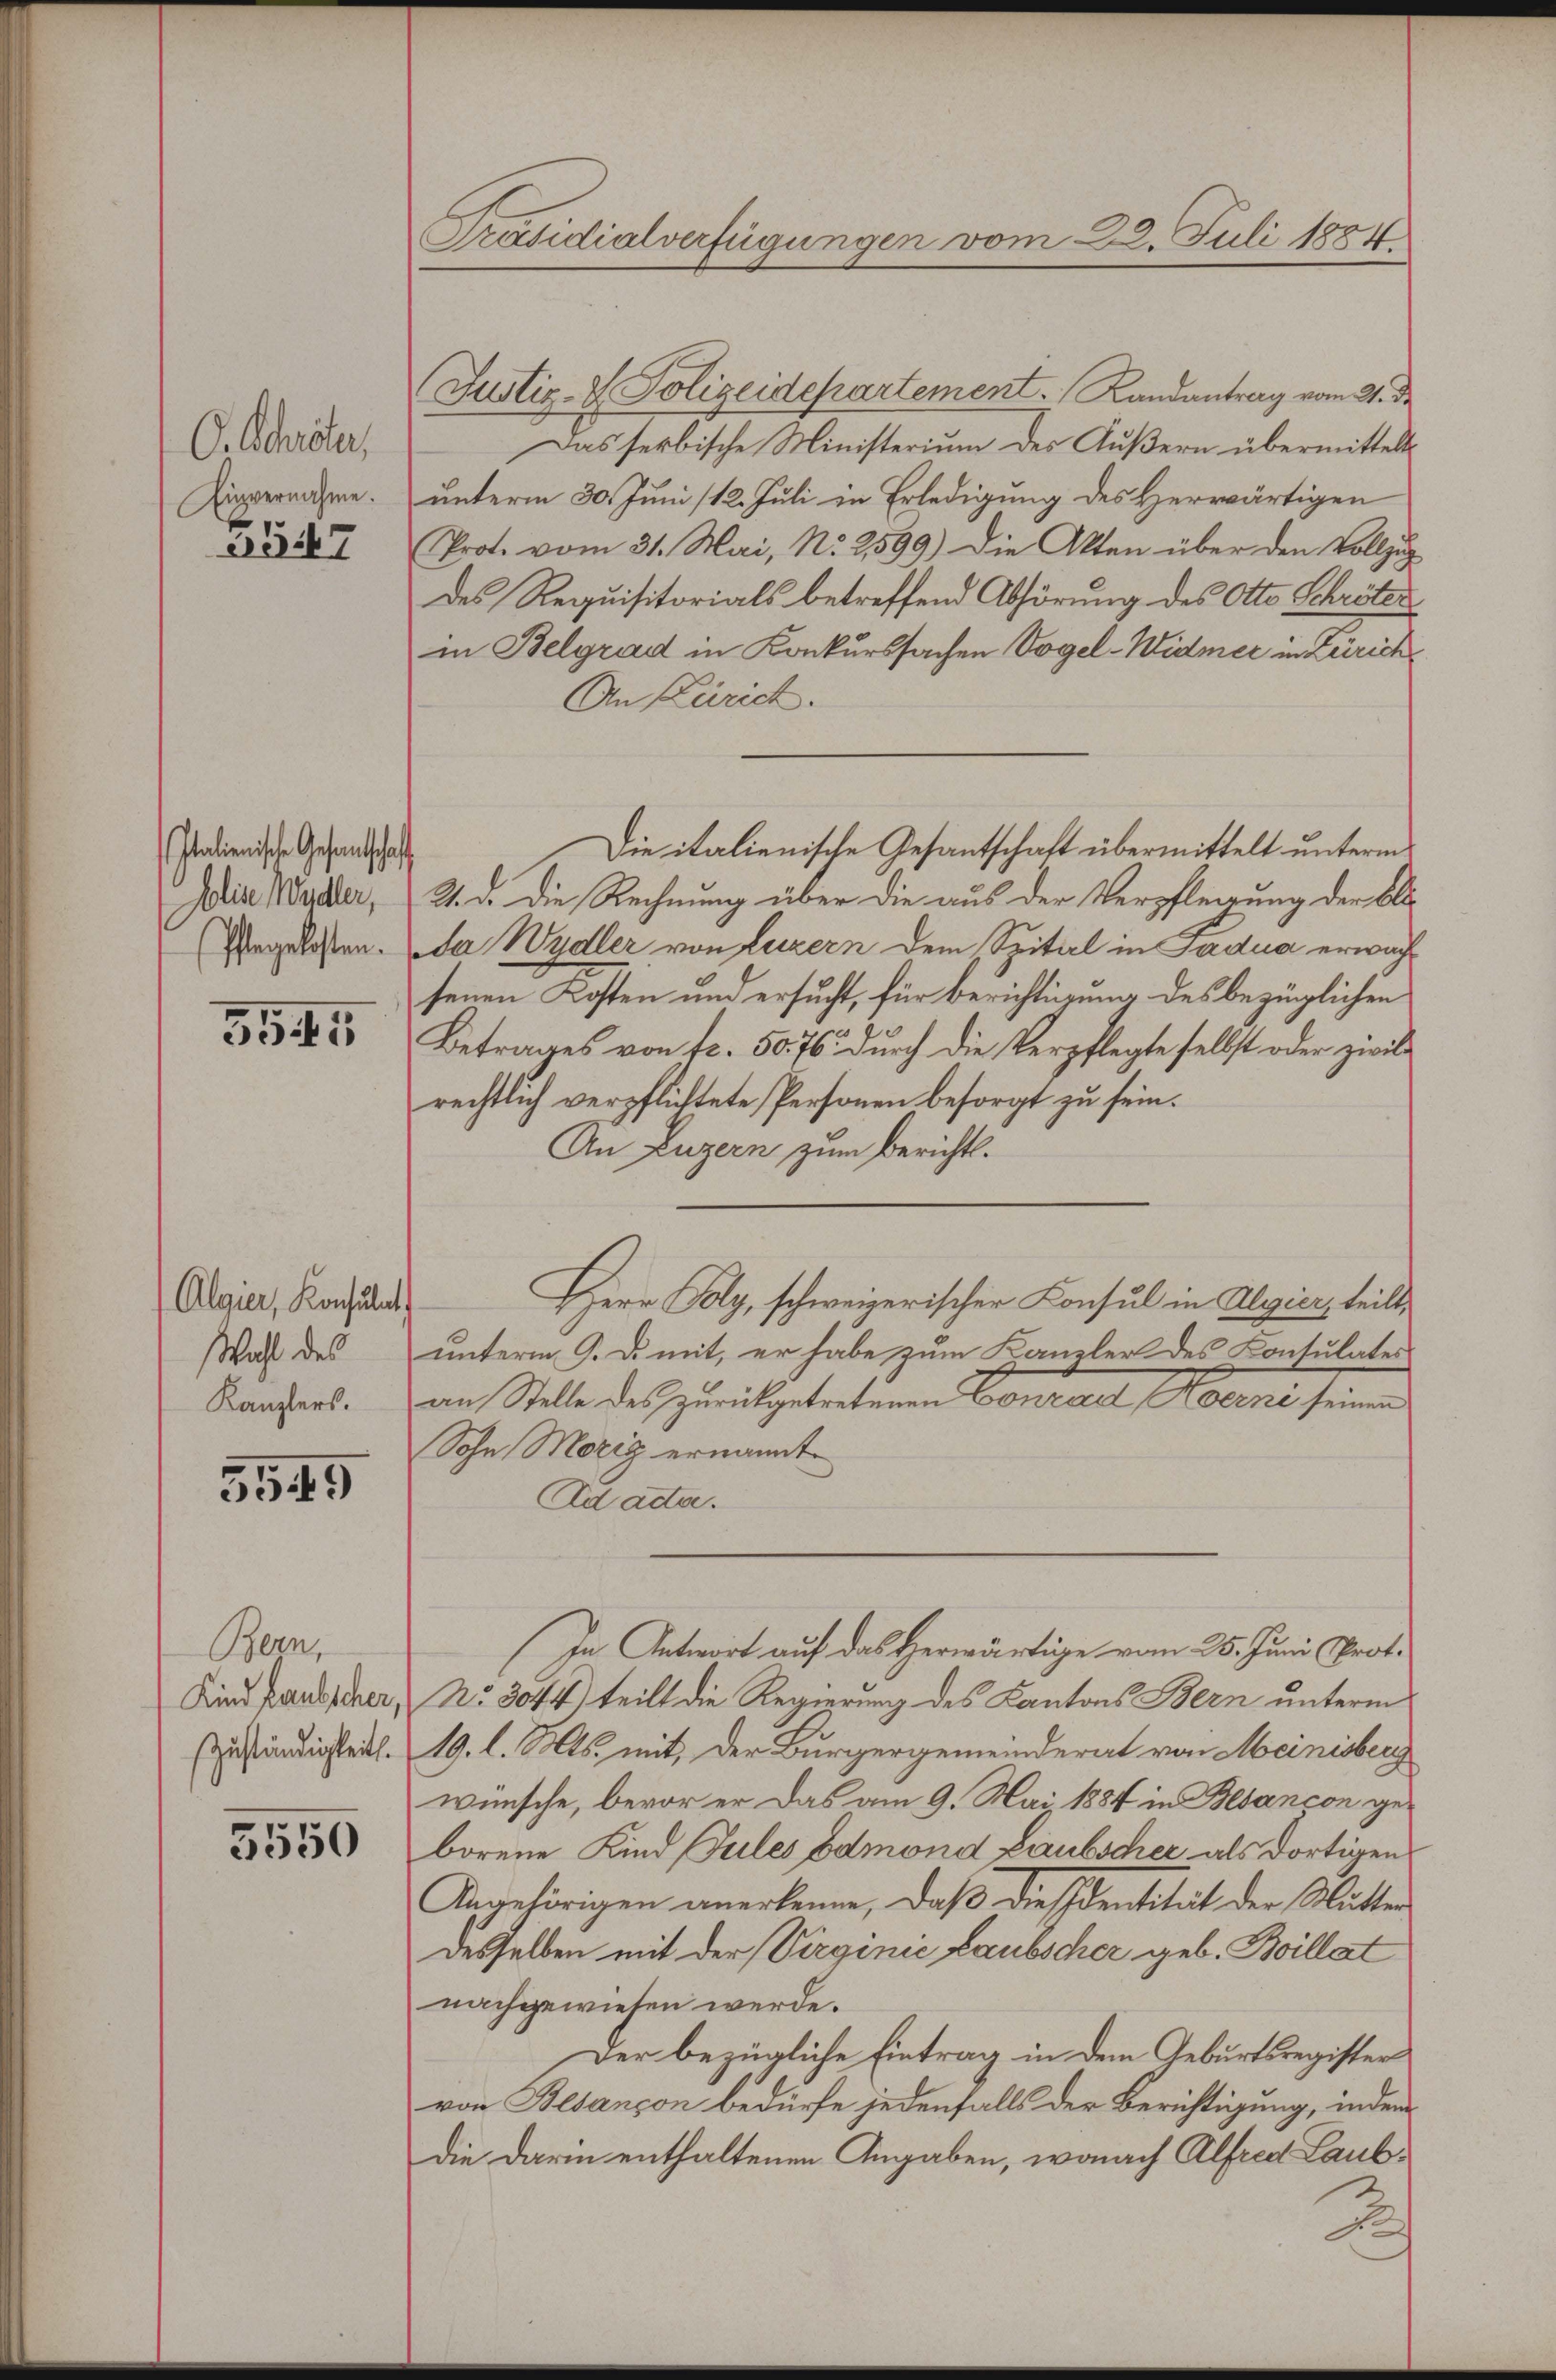
C. Schröter,
Einvernahme.

3547

Italienische Gesandtschaft
Jolie Wadler,

5545

Algier, Konsulat
Wahl des
Kanzlers.

5549

Bern,
Kind faubscher,
zuständigkeit.

3550

Präsidialverfügungen vom 23. Juli 1884

Justiz- & Polizeidepartement. Landantrag vom 24. de
Das serbische Ministerium des Äußern übermittelt
unterm 30. Juni /12. Juli in Erledigung des Herwärtigen
Prot. vom 31. Mai, N. 2599) Die Akten über den Vollzug
des Requisitorials betreffend Abhörung des Otto Schröter
in Belgrad in Konkurssachen Vogel-Widmer in Zürich
An Zürich.
21. d. Die Rechnung über die aus der Verpflegung der blo
Regelassen. Da Wydler von Luzern dem Spital in Fadua erwachsenen Kosten und ersucht, für Berichtigung des bezüglichen
Betrages von fr. 50. 76 durch die Verpflegte selbst oder zivilrechtlich verpflichtete Personen besorgt zu sein.
An Luzern zum Berichtsunterm 9. d. mit, er habe zum Kanzler des Kontulates
an Stelle des zumitgetretenen Conrad Meine seinen
Sohn Moriz ernannt.
Ad acta.
In Antwort auf das Herwärtige vom 25. Juni Prot.
No. 3044) teilt die Regierung des Kantons Bern unterm
19. l. Mts. mit der Bürgergemeinderat von Meinisberg
wünsche, bevor er das am 9. Mai 1884 in Besancon geborene Kind Fules odmond Laubscher als dortigen
Angehörigen anerkenne, daß diesentität der Mutter
desselben mit der Virginie Laubscher geb. Boillat
nachgewiesen werde.
Der bezügliche Eintrag in dem Geburtsregister
von Besançon bedürfe jedenfalls der Berichtigung, indem
die darin enthaltenen Angaben, wonach Alfred Laub¬
B

Die italienische Gesantschaft übermittelt unterm

Herr Poly, schweizerischer Konsul in Algier, teilt,